Lunatic asylums in Bengal annual reports 1888-1898 - 1888-1898
Year: 1888
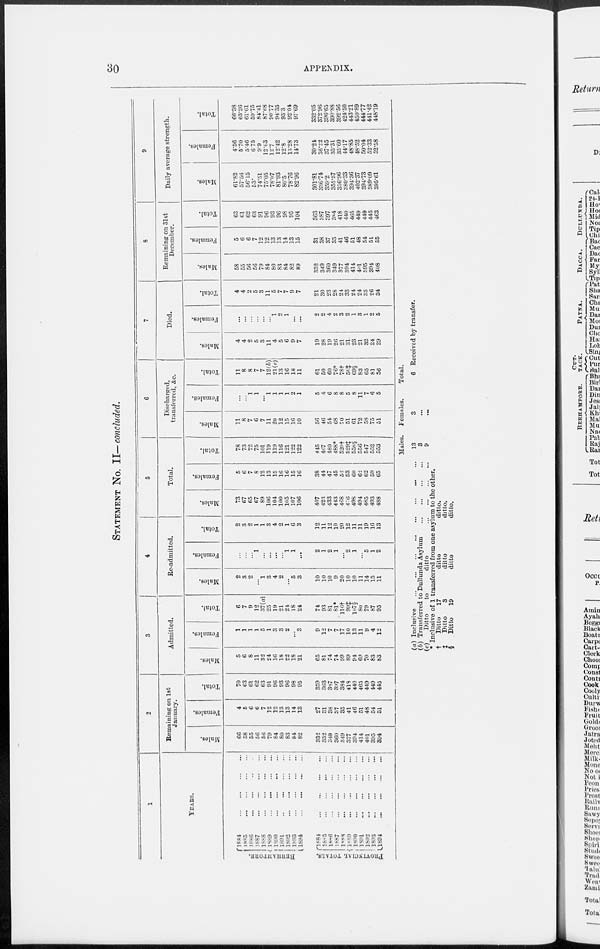
30
APPENDIX.
STATEMENT NO. II— concluded.
1
YEARS.
BERHAMPORE.
PROVINCIAL TOTALS.
1884
...
...
...
...
1885
...
...
...
...
1886 ... ... ... ...
1887 ... ... ... ...
1888
...
...
...
...
1889
...
...
...
...
1890
...
...
...
...
1891
...
...
...
...
1892
...
...
...
...
1893
...
...
...
...
1894
...
...
...
...
1884
...
...
...
...
1885
...
...
...
...
1886
...
...
...
...
1887
...
...
...
...
1888
...
...
...
...
1889
...
...
...
...
1890
...
...
...
...
1891
...
...
...
...
1892
...
...
...
...
1893 ... ... ... ...
1894
...
...
...
...
2
Remaining on 1st
January.
Males.
66
58
55
56
56
79
84
80
83
84
82
332
332
349
360
349
377
394
414
401
395
394
Females.
4
5
6
6
7
12
12
13
13
14
13
27
31
38
37
35
41
46
51
48
54
51
Total.
70
63
61
62
63
91
96
93
96
98
95
359
363
387
397
384
418
440
465
449
449
445
3
Admitted.
Males.
5
6
8
11
32
24
16
18
22
18
21
65
81
74
74
99
89
94
69
70
83
83
Females.
1
1
1
1
5
1
3
3
2
...
3
9
12
7
7
17
10
13
11
9
4
12
Total.
6
7
9
12
37(a)
25
19
21
24
18
24
74
93
81
81*
116†
99‡
107§
80
79
87
95
4
Re-admitted.
Males.
2
3
2
...
1
3
4
2
...
5
3
10
10
10
9
20
10
10
11
14
15
11
Females.
...
...
...
1
...
...
...
...
1
1
...
2
1
2
1
...
2
1
...
5
1
2
Total.
2
3
2
1
1
3
4
2
1
6
3
12
11
12
10
20
12
11
11
19
16
13
5
Total.
Males.
73
67
65
67
89
106
104
100
105
107
106
407
423
433
443
468
476
498
494
485
493
488
Females.
5
6
7
8
12
13
15
16
16
15
16
38
44
47
45
52
53
60
62
62
59
65
Total.
78
73
72
75
101
119
119
116
121
122
122
445
467
480
488*
520†
529‡
558§
556
547
552
553
6
Discharged,
transferred, &c.
Males.
11
8
7
6
7
11
20
12
15
16
10
56
46
54
68
70
51
61
72
58
75
51
Females.
...
...
1
1
...
1
1
1
1
2
1
5
4
6
8
8
5
8
11
7
6
5
Total.
11
8
8
7
7
12(b)
21(c)
13
16
18
11
61
50
60
76*
78†
56‡
69§
83
65
81
56
7
Died.
Males.
4
4
2
5
3
11
4
5
6
9
7
19
28
19
26
21
31
23
21
32
24
29
Females.
...
...
...
...
...
...
1
2
1
...
...
2
2
4
2
3
2
1
3
1
2
5
Total.
4
4
2
5
3
11
5
7
7
9
7
21
30
23
28
24
33
24
24
33
26
34
8
Remaining on 31st
December.
Mules.
58
55
56
56
79
84
80
83
84
82
89
332
349
360
349
377
394
414
401
395
394
408
Females.
5
6
6
7
12
12
13
13
14
13
15
31
38
37
35
41
46
51
48
54
51
55
Total.
63
61
62
63
91
96
93
96
98
95
104
363
387
397
384
418
440
465
449
449
445
463
9
Daily average strength.
Males.
61.82
57.56
56.15
53.
74.51
75.05
78.07
81.93
80.5
78.76
82.96
301.81
336.74
359.2
355.57
356.96
380.33
394.36
402.37
394.73
389.09
395.61
Females.
4.56
5.70
5.46
6.75
9.9
12.63
12.7
12.42
12.8
13.28
14.73
30.24
36.22
37.45
35.31
35.60
44.17
48.85
48.52
50.04
52.33
52.58
Total.
66.38
63.26
61.61
59.75
84.41
87.68
90.77
94.35
93.3
92.04
97.69
332.05
372.96
396.65
390.88
392.56
424.50
443.21
450.89
444.77
441.42
448.19
(a) Inclusive
...
...
...
...
...
...
...
...
...
(b) Transferred to Dullunda Asylum
...
...
...
...
(c)
Ditto
to
ditto
...
...
...
...
Males.
13
3
9
Females.
3
...
...
Total.
6 Received by transfer.
* inclusive of 1 transferred from one asylum to the other.
†
Ditto
17
ditto
ditto.
‡
Ditto
3
ditto
ditto.
§
Ditto
19
ditto
ditto.